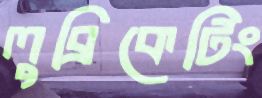
লুব্রিকেটিং